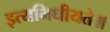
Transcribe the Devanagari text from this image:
इत्यभिधीयते॥